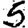
Digit: 5